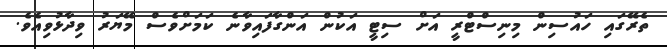
ތެރޭގައި ހައުސިން މިނިސްޓްރީ އަށް ސިޓީ އަކުން އަންގާފައިވާނެ ކަމަށްވެސް މޭޔަރު ވިދާޅުވިއެވެ.